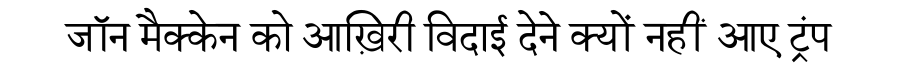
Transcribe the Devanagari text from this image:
जॉन मैक्केन को आख़िरी विदाई देने क्यों नहीं आए ट्रंप